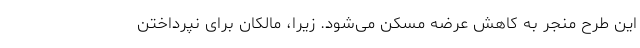
این طرح منجر به کاهش عرضه مسکن می‌شود. زیرا، مالکان برای نپرداختن